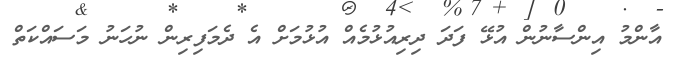
އާންމު އިންސާނުން އުޅޭ ފަދަ ދިރިއުޅުމެއް އުޅުމަށް އެ ދެމަފިރިން ނުހަނު މަސައްކަތް